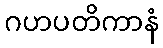
ဂဟပတိကာနံ